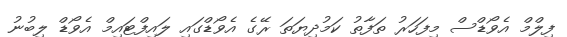
ފިލްމް އެވޯޑްސް މިފަހަރު ތަފާތު ކަމުދިޔަތަ ރޭގެ އެވޯޑްގައި ލައިފްޓައިމް އެވޯޑް ލިބުނު